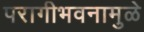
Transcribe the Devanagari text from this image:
परागीभवनामुळे